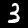
Digit: 3